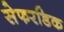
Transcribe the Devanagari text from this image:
सेफरडिक